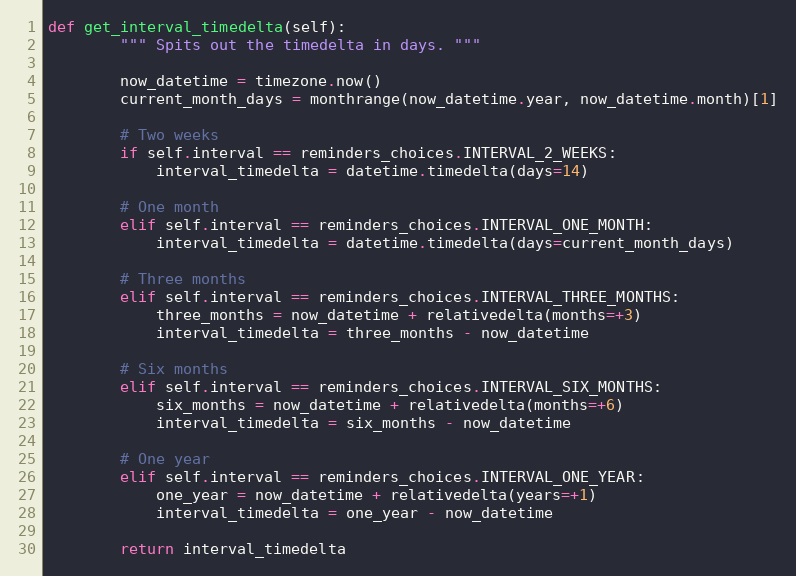
Language: Python
def get_interval_timedelta(self):
        """ Spits out the timedelta in days. """

        now_datetime = timezone.now()
        current_month_days = monthrange(now_datetime.year, now_datetime.month)[1]

        # Two weeks
        if self.interval == reminders_choices.INTERVAL_2_WEEKS:
            interval_timedelta = datetime.timedelta(days=14)

        # One month
        elif self.interval == reminders_choices.INTERVAL_ONE_MONTH:
            interval_timedelta = datetime.timedelta(days=current_month_days)

        # Three months
        elif self.interval == reminders_choices.INTERVAL_THREE_MONTHS:
            three_months = now_datetime + relativedelta(months=+3)
            interval_timedelta = three_months - now_datetime

        # Six months
        elif self.interval == reminders_choices.INTERVAL_SIX_MONTHS:
            six_months = now_datetime + relativedelta(months=+6)
            interval_timedelta = six_months - now_datetime

        # One year
        elif self.interval == reminders_choices.INTERVAL_ONE_YEAR:
            one_year = now_datetime + relativedelta(years=+1)
            interval_timedelta = one_year - now_datetime

        return interval_timedelta